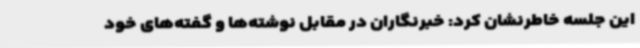
این جلسه خاطرنشان کرد: خبرنگاران در مقابل نوشته‌ها و گفته‌های خود